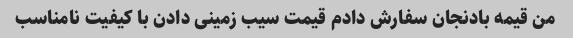
من قیمه بادنجان سفارش دادم قیمت سیب زمینی دادن با کیفیت نامناسب